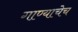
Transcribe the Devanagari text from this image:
गाण्याचेच